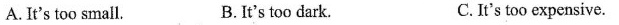
A.It's too small. B. It's too dark. C.It's too expensive.